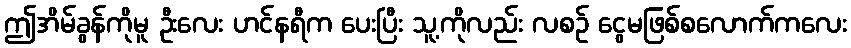
ဤအိမ်ခွန်ကိုမူ ဦးလေး ဟင်နရီက ပေးပြီး သူ့ကိုလည်း လစဉ် ငွေမဖြစ်စလောက်ကလေး